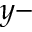
y -